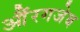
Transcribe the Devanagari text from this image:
औंरगजेब